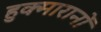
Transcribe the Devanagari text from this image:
हुक्मारानों